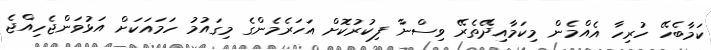
ކަމާބެހޭ ހުރިހާ އެއްމެން މިކަމާއިދޭތެރޭ ވިސްނާ ފިކުރުކޮށް އަހަރެމެންގެ މިގައުމު ހަމައަކަށް އަޅުވަންޖެހިއްޖެ